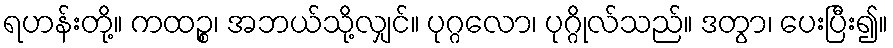
ရဟန်းတို့။ ကထဉ္စ၊ အဘယ်သို့လျှင်။ ပုဂ္ဂလော၊ ပုဂ္ဂိုလ်သည်။ ဒတွာ၊ ပေးပြီး၍။